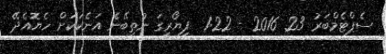
ސެޕްޓެމްބަރު 23